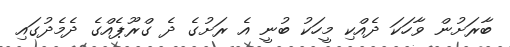
ބާރަށުން ވާހަކަ ދެއްކި މީހަކު ބުނީ އެ ރަށުގެ ދެ ގްރޫޕެއްގެ ދެމެދުގައި